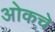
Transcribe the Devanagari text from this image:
ओकचे